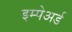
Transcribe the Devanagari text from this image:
इम्पेअर्ड